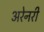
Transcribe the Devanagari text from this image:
अरेनरी